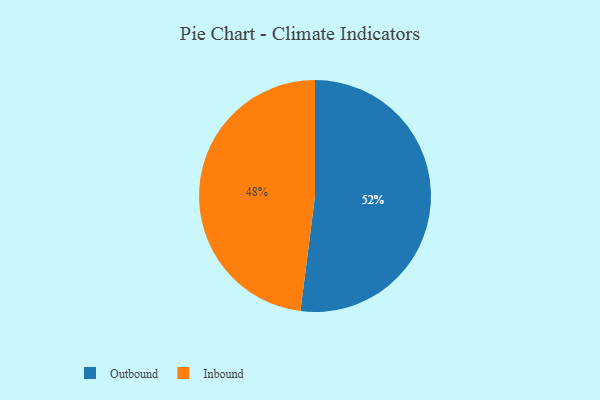
{"axis": {"x": "Category", "y": "Percentage"}, "legend": ["Inbound", "Outbound"], "data": [{"x": "Outbound", "y": 52, "type": "Outbound"}, {"x": "Inbound", "y": 48, "type": "Inbound"}]}